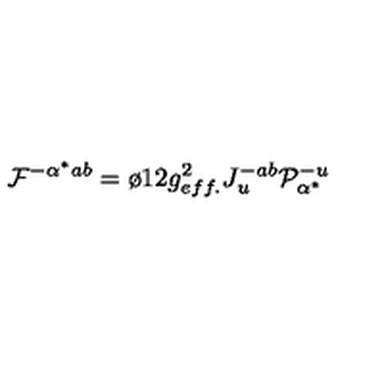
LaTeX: { \cal F } ^ { - \alpha ^ { * } a b } = \o { 1 } { 2 } g _ { e f f . } ^ { 2 } J _ { u } ^ { - a b } { \cal P } _ { \alpha ^ { * } } ^ { - u }